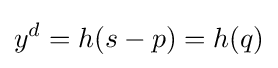
y^{d}=h(s-p)=h(q)